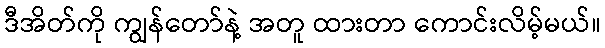
ဒီအိတ်ကို ကျွန်တော်နဲ့ အတူ ထားတာ ကောင်းလိမ့်မယ်။